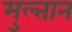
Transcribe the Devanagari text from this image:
मुल्‍तान